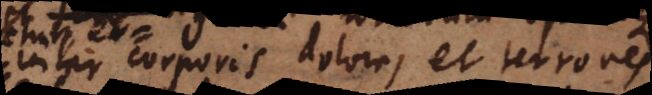
corporis dolores, et terrores